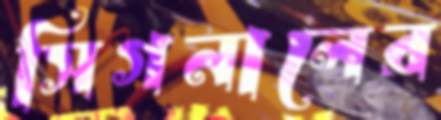
সিগনালের